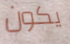
يكون